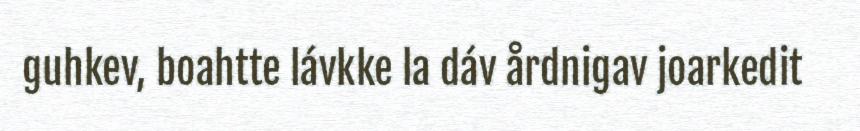
guhkev, boahtte lávkke la dáv årdnigav joarkedit